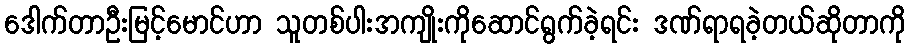
ဒေါက်တာဦးမြင့်မောင်ဟာ သူတစ်ပါးအကျိုးကိုဆောင်ရွက်ခဲ့ရင်း ဒဏ်ရာရခဲ့တယ်ဆိုတာကို